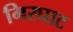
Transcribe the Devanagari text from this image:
गिरघाट